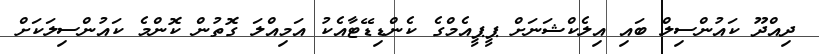
ދިއްދޫ ކައުންސިލް ބައި އިލެކްޝަނަށް ޕީޕީއެމްގެ ކެންޑިޑޭޓާއެކު އަމިއްލަ ގޮތުން ކޮންމެ ކައުންސިލަކަށް